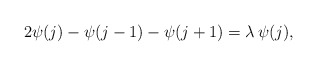
\begin{align*}2\psi(j)-\psi(j-1)-\psi(j+1)=\lambda \,\psi(j){, }\end{align*}